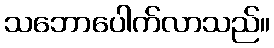
သဘောပေါက်လာသည်။